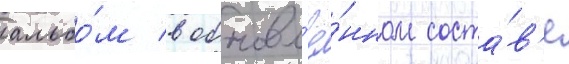
альбо́м в обновл'ё́нном соста́в'е